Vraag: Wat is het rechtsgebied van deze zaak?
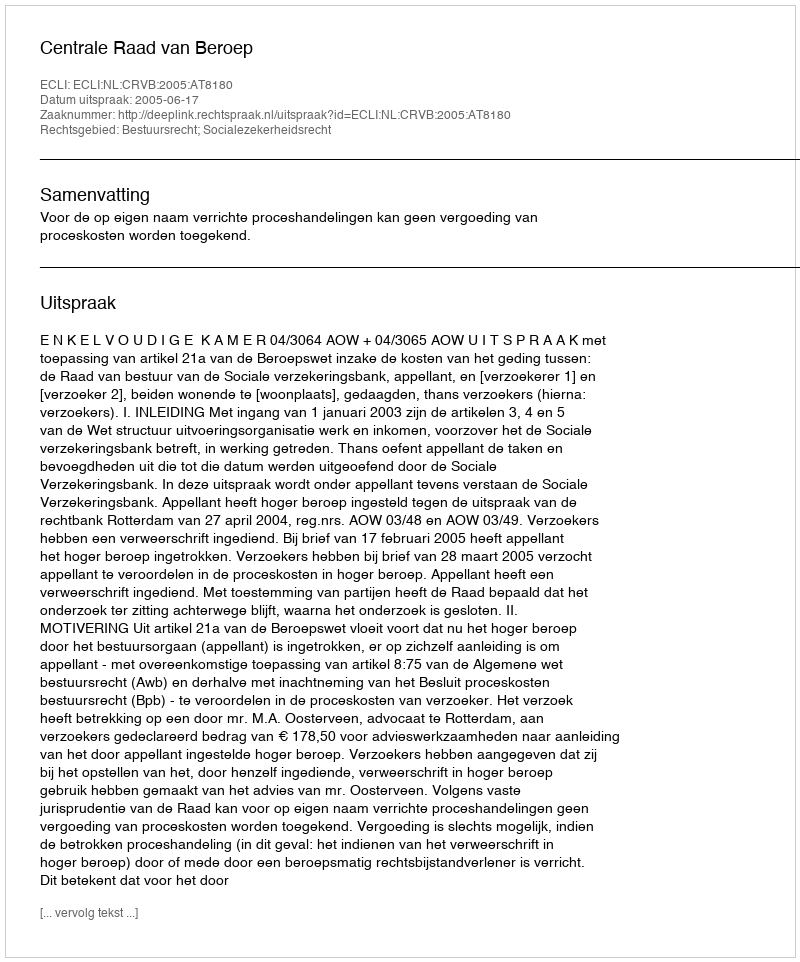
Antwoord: Bestuursrecht; Socialezekerheidsrecht